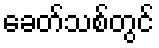
ခေတ်သစ်တွင်